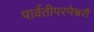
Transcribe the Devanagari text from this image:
पार्वतीपरमेश्वरौ